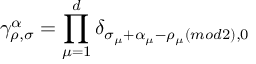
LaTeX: \gamma _ { \rho , \sigma } ^ { \alpha } = \prod _ { \mu = 1 } ^ { d } \delta _ { \sigma _ { \mu } + \alpha _ { \mu } - \rho _ { \mu } ( m o d 2 ) , 0 }